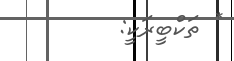
* ތަކްބީރަކީ: